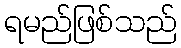
ရမည်ဖြစ်သည်